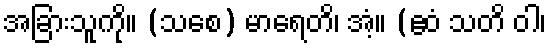
အခြားသူကို။ (သစေ) မာရေတိ၊ အံ့။ (ဧဝံ သတိ ဝါ၊